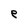
Character: e